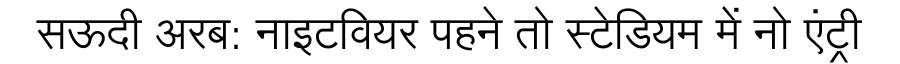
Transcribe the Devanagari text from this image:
सऊदी अरब: नाइटवियर पहने तो स्टेडियम में नो एंट्री